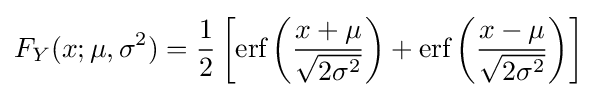
F_{Y}(x;\mu ,\sigma ^{2})={\frac {1}{2}}\left[{\mbox{erf}}\left({\frac {x+\mu }{\sqrt {2\sigma ^{2}}}}\right)+{\mbox{erf}}\left({\frac {x-\mu }{\sqrt {2\sigma ^{2}}}}\right)\right]